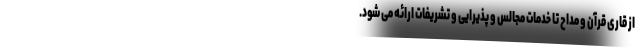
از قاری قرآن و مداح تا خدمات مجالس و پذیرایی و تشریفات ارائه می شود.